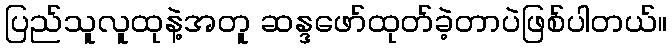
ပြည်သူလူထုနဲ့အတူ ဆန္ဒဖော်ထုတ်ခဲ့တာပဲဖြစ်ပါတယ်။